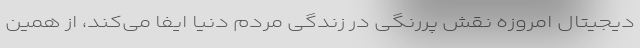
دیجیتال امروزه نقش پررنگی در زندگی مردم دنیا ایفا می‌کند، از همین